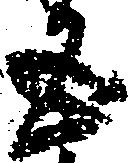
五